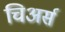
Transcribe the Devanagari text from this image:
चिअर्स